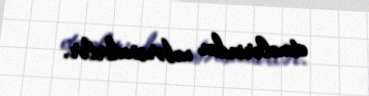
etmələrindən xəbərsizdirlər.